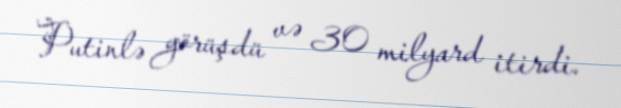
Putinlə görüşdü və 30 milyard itirdi.